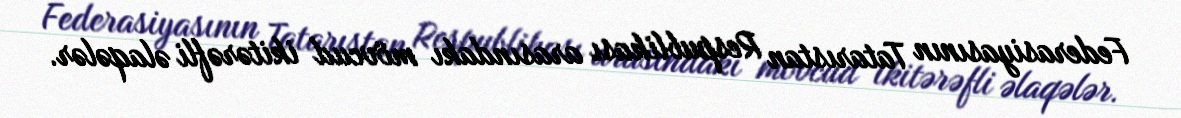
Federasiyasının Tatarıstan Respublikası arasındakı mövcud ikitərəfli əlaqələr.